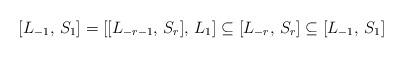
LaTeX: \begin{align*}[L_{-1}, \, S_1] = [[L_{-r-1}, \, S_{r}], \, L_1] \subseteq [L_{-r}, \, S_r] \subseteq [L_{-1}, \, S_1]\end{align*}